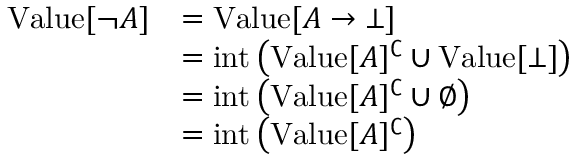
{ \begin{array} { r l } { { \mathrm { V a l u e } } [ \neg A ] } & { = { \mathrm { V a l u e } } [ A \to \bot ] } \\ & { = { \mathrm { i n t } } \left( { \mathrm { V a l u e } } [ A ] ^ { \complement } \cup { \mathrm { V a l u e } } [ \bot ] \right) } \\ & { = { \mathrm { i n t } } \left( { \mathrm { V a l u e } } [ A ] ^ { \complement } \cup \emptyset \right) } \\ & { = { \mathrm { i n t } } \left( { \mathrm { V a l u e } } [ A ] ^ { \complement } \right) } \end{array} }